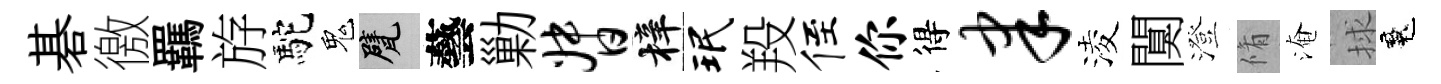
碁徼羈斿駝鬼甓藝勦督梓珉羖侄你得聿淩闃澄脩淹捄魂